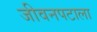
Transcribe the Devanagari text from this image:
जीवनपटाला